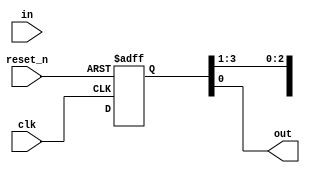
module shift_register(
  input in,
  input clk,
  input reset_n,
  output out
);

  reg [3:0] out_reg;

  always@(posedge clk or negedge reset_n) begin
    if(!reset_n) begin
      out_reg <= 0;    
    end
    else begin
      out_reg = {in[0], out_reg[7:1]};
    end
  end

  assign out = out_reg[0];

endmodule